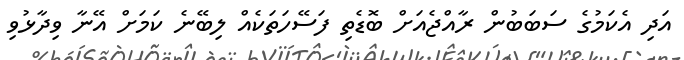
އަދި އެކަމުގެ ސަބަބުން ރާއްޖެއަށް ބޮޑެތި ފަސޭހަތަކެއް ލިބޭނެ ކަމަށް އޭނާ ވިދާޅުވި